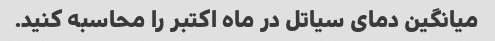
میانگین دمای سیاتل در ماه اکتبر را محاسبه کنید.